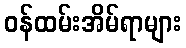
ဝန်ထမ်းအိမ်ရာများ